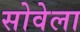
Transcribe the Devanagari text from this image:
सोवेला